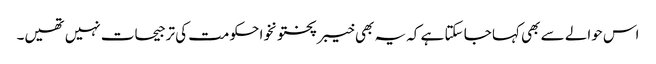
اس حوالے سے بھی کہا جا سکتا ہے کہ یہ بھی خیبر پختونخوا حکومت کی ترجیحات نہیں تھیں۔